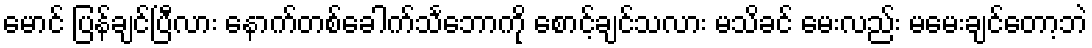
မောင် ပြန်ချင်ပြီလား နောက်တစ်ခေါက်သင်္ဘောကို စောင့်ချင်သလား မသိခင် မေးလည်း မမေးချင်တော့ဘဲ